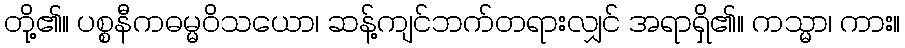
တို့၏။ ပစ္စနီကဓမ္မဝိသယော၊ ဆန့်ကျင်ဘက်တရားလျှင် အရာရှိ၏။ ကသ္မာ၊ ကား။